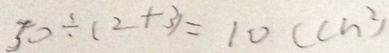
5 0 \div ( 2 + 3 ) = 1 0 ( c n ^ { 2 } )